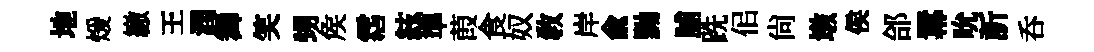
地煖繳王潤舞笑甥矦霑絃準葭食奴教岸兪黝脯跣佀尚墩侯郃羃吮訢呑